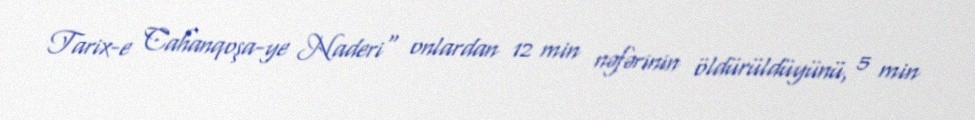
Tarix-e Cahanqoşa-ye Naderi" onlardan 12 min nəfərinin öldürüldüyünü, 5 min